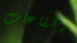
القاعات